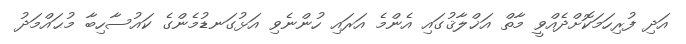
އަދި ފުރިހަމަކޮށްދެއްވީ މާތް އަޚްލާޤުގައި އެންމެ އަރައި ހުންނެވި އަޅުގަނޑުމެންގެ ކައުސާހިބާ މުޙައްމަދު